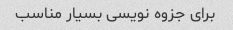
برای جزوه نویسی بسیار مناسب